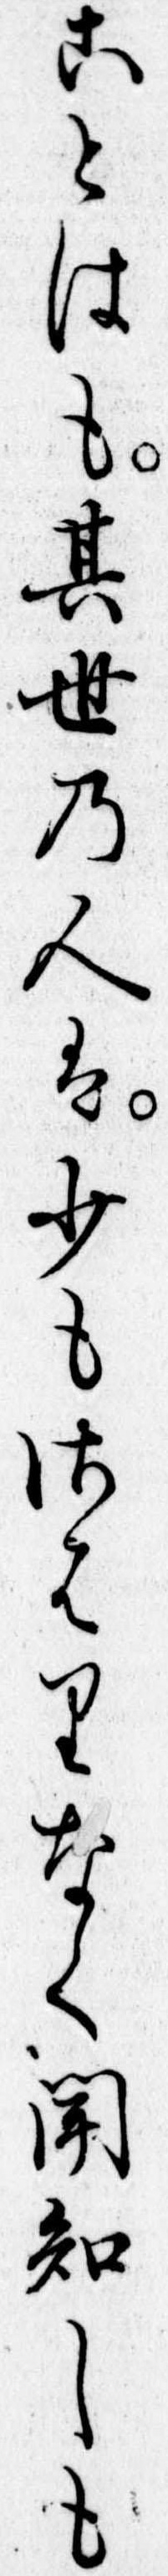
ことはも其世の人は少もさはりなく聞知しも